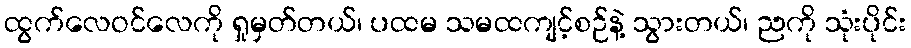
ထွက်လေဝင်လေကို ရှုမှတ်တယ်၊ ပထမ သမထကျင့်စဉ်နဲ့ သွားတယ်၊ ညကို သုံးပိုင်း